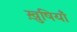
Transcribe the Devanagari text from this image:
ख़ुषियाँ